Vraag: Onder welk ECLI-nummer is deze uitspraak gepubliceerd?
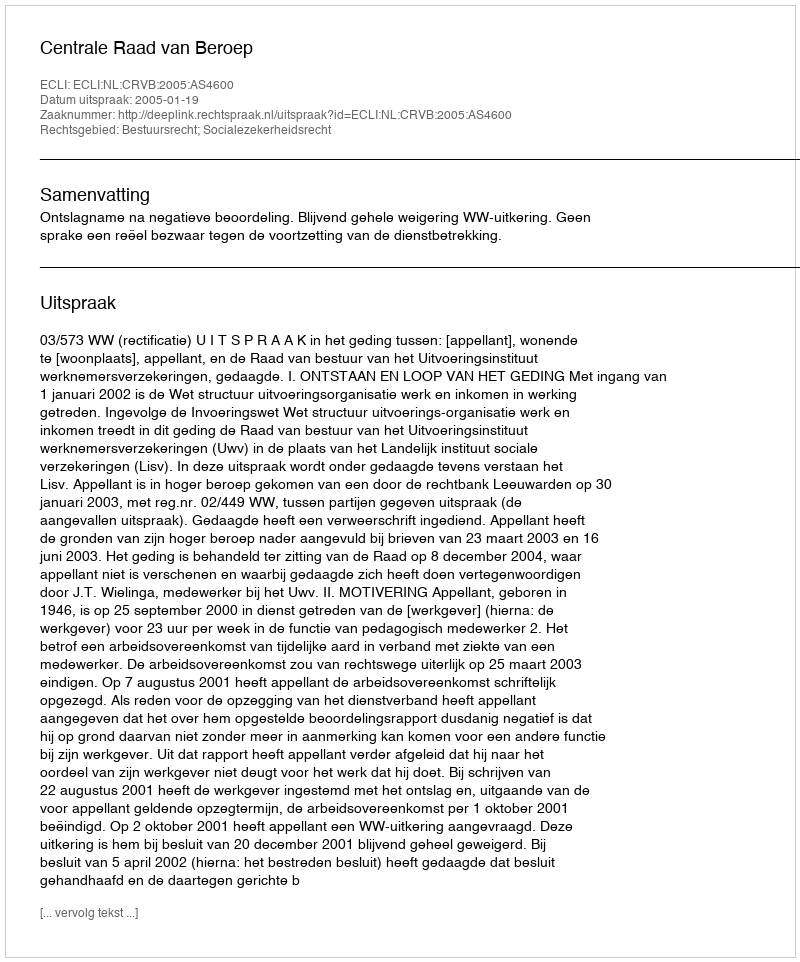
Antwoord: ECLI:NL:CRVB:2005:AS4600